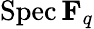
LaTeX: \operatorname{Spec}\mathbf{F}_{q}